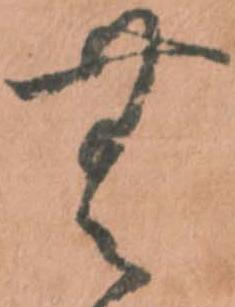
無